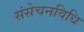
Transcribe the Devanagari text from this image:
संसेचनविधि